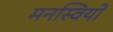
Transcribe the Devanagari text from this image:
मनस्वियों